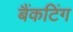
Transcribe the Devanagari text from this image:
बैंकटिंग